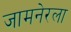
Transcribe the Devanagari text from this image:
जामनेरला